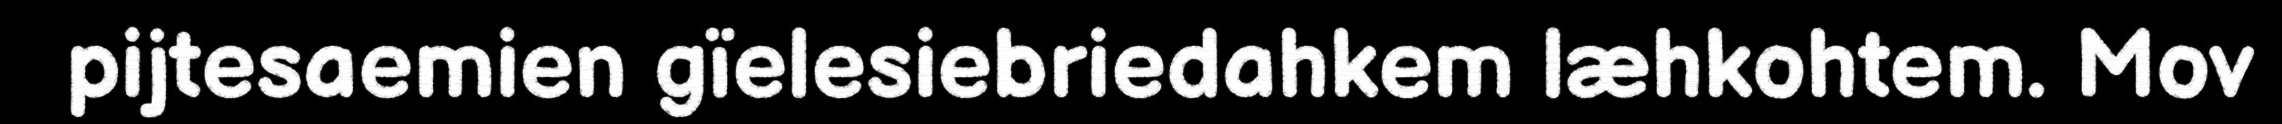
pijtesaemien gïelesiebriedahkem læhkohtem. Mov